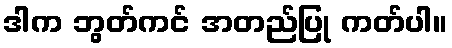
ဒါက ဘွတ်ကင် အတည်ပြု ကတ်ပါ။